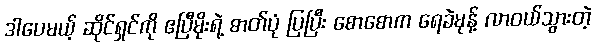
ဒါပေမယ့် ဆိုင်ရှင်ကို ဧပြီမိုးရဲ့ ဓာတ်ပုံ ပြပြီး စောစောက ရေခဲမုန့် လာဝယ်သွားတဲ့